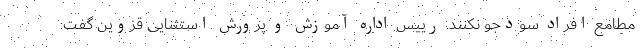
مطامع افراد سودجو نکنند. رییس اداره آموزش و پرورش استثنایی قزوین گفت: